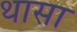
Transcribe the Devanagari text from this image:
थासा